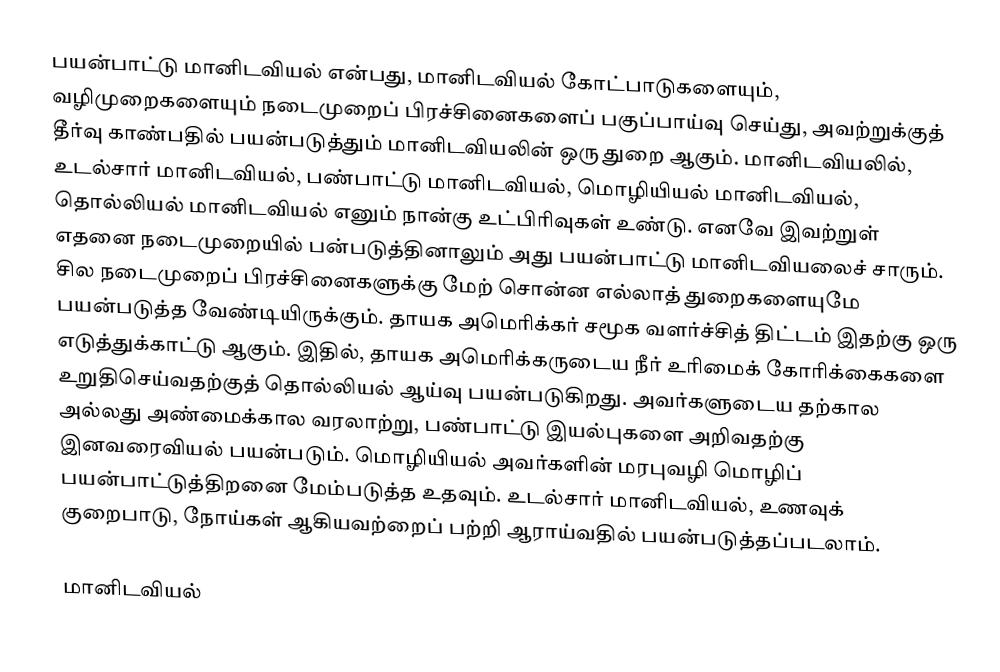
பயன்பாட்டு மானிடவியல் என்பது, மானிடவியல் கோட்பாடுகளையும், வழிமுறைகளையும் நடைமுறைப் பிரச்சினைகளைப் பகுப்பாய்வு செய்து, அவற்றுக்குத் தீர்வு காண்பதில் பயன்படுத்தும் மானிடவியலின் ஒரு துறை ஆகும். மானிடவியலில், உடல்சார் மானிடவியல், பண்பாட்டு மானிடவியல், மொழியியல் மானிடவியல், தொல்லியல் மானிடவியல் எனும் நான்கு உட்பிரிவுகள் உண்டு. எனவே இவற்றுள் எதனை நடைமுறையில் பன்படுத்தினாலும் அது பயன்பாட்டு மானிடவியலைச் சாரும். சில நடைமுறைப் பிரச்சினைகளுக்கு மேற் சொன்ன எல்லாத் துறைகளையுமே பயன்படுத்த வேண்டியிருக்கும். தாயக அமெரிக்கர் சமூக வளர்ச்சித் திட்டம் இதற்கு ஒரு எடுத்துக்காட்டு ஆகும். இதில், தாயக அமெரிக்கருடைய நீர் உரிமைக் கோரிக்கைகளை உறுதிசெய்வதற்குத் தொல்லியல் ஆய்வு பயன்படுகிறது. அவர்களுடைய தற்கால அல்லது அண்மைக்கால வரலாற்று, பண்பாட்டு இயல்புகளை அறிவதற்கு இனவரைவியல் பயன்படும். மொழியியல் அவர்களின் மரபுவழி மொழிப் பயன்பாட்டுத்திறனை மேம்படுத்த உதவும். உடல்சார் மானிடவியல், உணவுக் குறைபாடு, நோய்கள் ஆகியவற்றைப் பற்றி ஆராய்வதில் பயன்படுத்தப்படலாம்.

மானிடவியல்